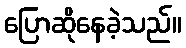
ပြောဆိုနေခဲ့သည်။